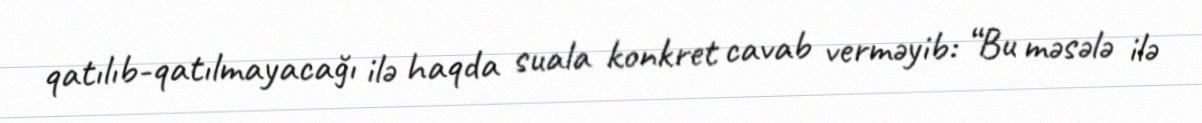
qatılıb-qatılmayacağı ilə haqda suala konkret cavab verməyib: “Bu məsələ ilə